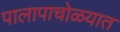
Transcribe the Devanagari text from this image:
पालापाचोळयात